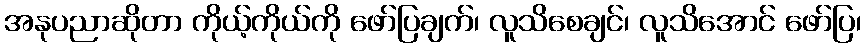
အနုပညာဆိုတာ ကိုယ့်ကိုယ်ကို ဖော်ပြချက်၊ လူသိစေချင်၊ လူသိအောင် ဖော်ပြ၊